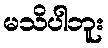
မသိပါဘူး